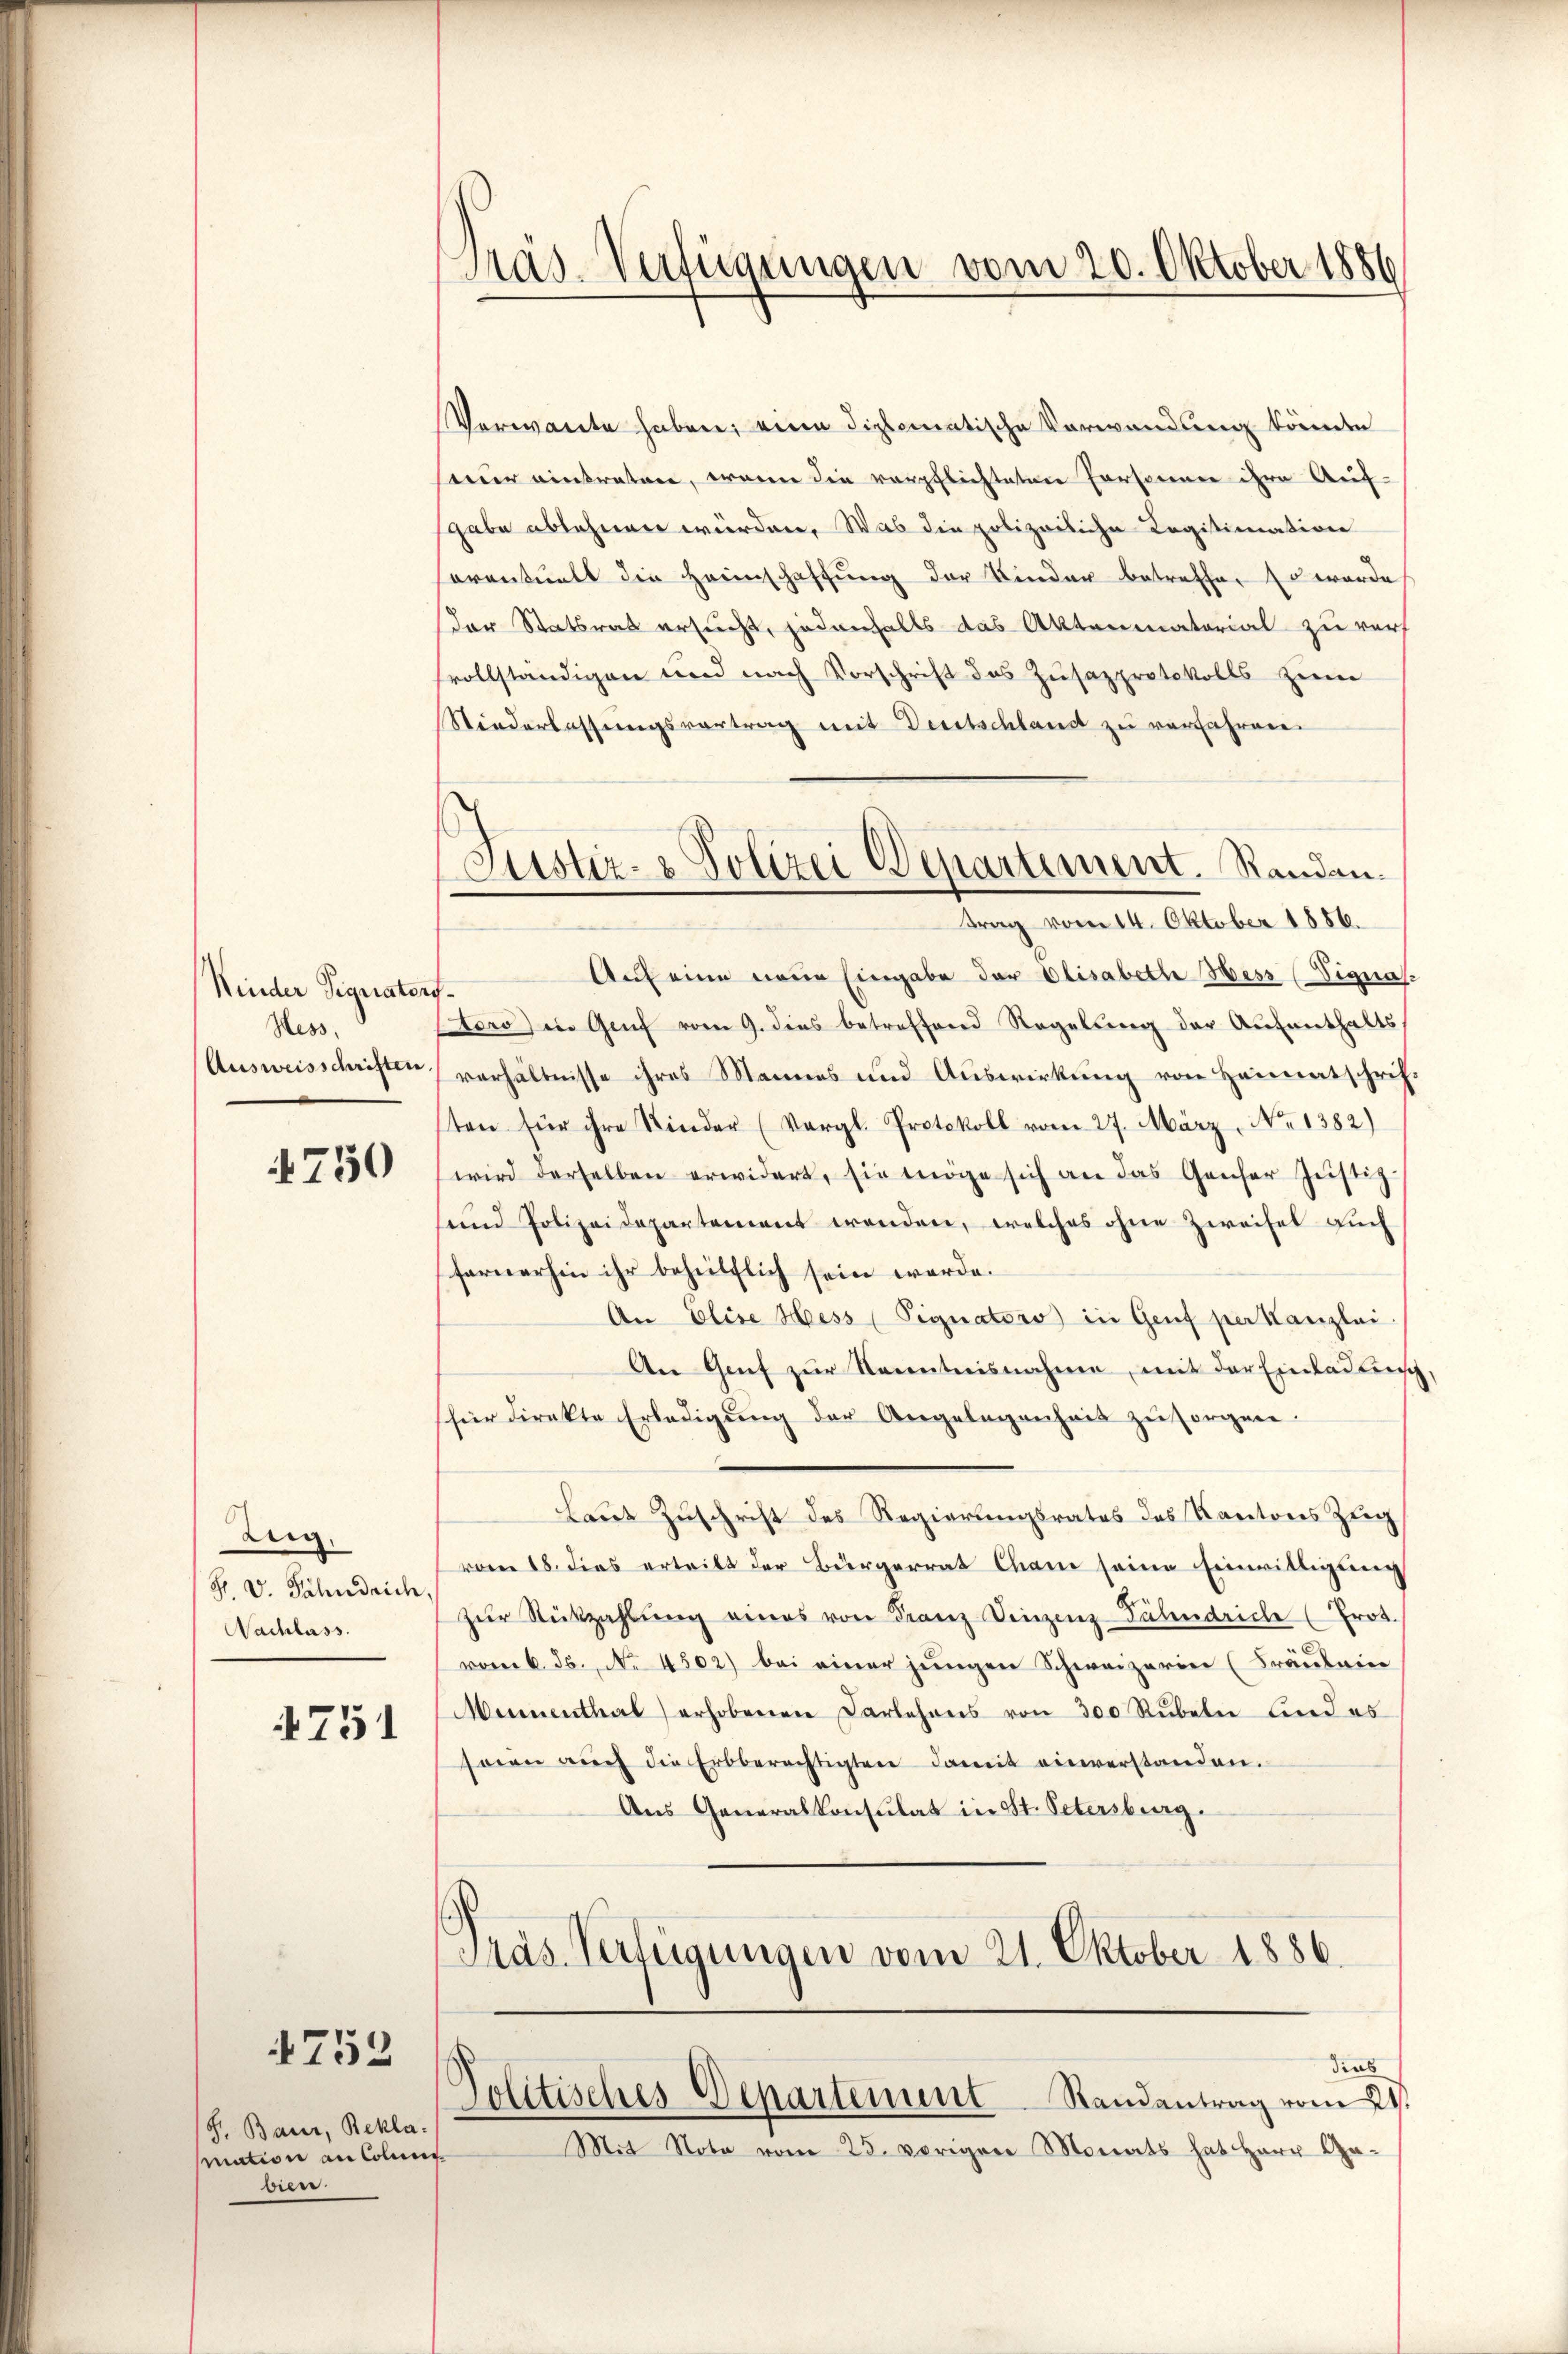
Kinder Signators-
Hess.

750

Zug.
H. V. Fähndrich,
Nachlass.

4751

4752

S. Baur, Bekla-
Mation an Colung
deser

Pras-Verfügungen vom 20. Oktober 1886

Justiz- & Polizei Departement. Randantrag vom 14. Oktober 1886.

Verwarte haben; eine diplomatische Verwendung könnte
seur einstrature, wenn die verpflichteten Personen ihre Auf-
sgabe ablehnen würden. Was die polizeiliche Legitimation
soventualt die Heimschaftung der Kinder betreffen so werde
Der Statsrat ersucht, jedenfalls das Aktenmatorial zu verf
vollständigen und nach Vorschrift das Zusazprotokolls zum
Niederlassungsvortrag mit Deutschland zu verfahren.
Auf eine neue Eingabe der Olisabeth Hess (Vignas.
toro) in Genf vom 9. dies betreffend Regelung der Aufenthalts
Ausweisschriften verhältnisse ihres Mannes und Auswirkung von Heimatschrifsten für ihre Kinder (Vergl. Protokoll vom 27. März, No 1382)
wird derselben erwidert, sie möge sich an das Genfer Justiz-
send Polizeidepartement wenden, welches ohne Zweifel auch
fernerhin ihr behilflich sein werde.
An Elise Hess (Pignators) in Genf per Kanzlei.
An Genf zur Kenntnisnahme, mit der Einladung,
für direkte Erledigŭng der Angelegenheit zŭ sorgen.
Laut Zuschrift des Regierungsrates des Kantons Zug
vom 18. dies ertritt der Bürgerrat Cham seine Einwilligung
zŭr Rückzahlŭng eines von Franz Vinzenz Pälendriche (Prot.
rom k. Js. No 4502) bei einer jungen Schweizerin (Fräuleine
Mumenthal) erhobenen Darlehens von 300 Rübeln und es
soin auch die Erbberechtigten damit einverstanden.
Aus Generalkonsulat in St. Petersburg.

Politisches Departement Randantrag vom 24.

Präs. Verfügungen vom 21. Oktober 1886.

dius
Mit Note vom 25. vorigen Monats hat Herr Ge¬